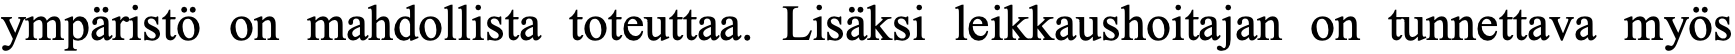
ympäristö on mahdollista toteuttaa. Lisäksi leikkaushoitajan on tunnettava myös